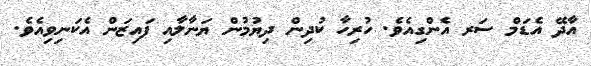
އާދޭ އެޑަމް ސަރ އެންގިއެވެ. ހުރިހާ ކުދިން ދިޔުމުން ޔަނާލާއި ފައިޒަން އެކަނިވިއެވެ.